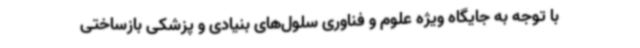
با توجه به جایگاه ویژه علوم و فناوری‌ سلول‌های بنیادی و پزشکی بازساختی